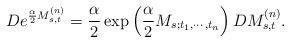
LaTeX: \begin{align*}\begin{aligned}De^{\frac{\alpha}{2}M_{s,t}^{(n)}} & =\frac{\alpha}{2}\exp\left(\frac{\alpha}{2}M_{s;t_{1},\cdots,t_{n}}\right)DM_{s,t}^{(n)}.\end{aligned}\end{align*}